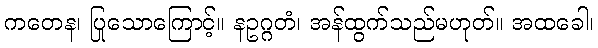
ကတေန၊ ပြုသောကြောင့်။ နဥဂ္ဂတံ၊ အန်ထွက်သည်မဟုတ်။ အထခေါ၊